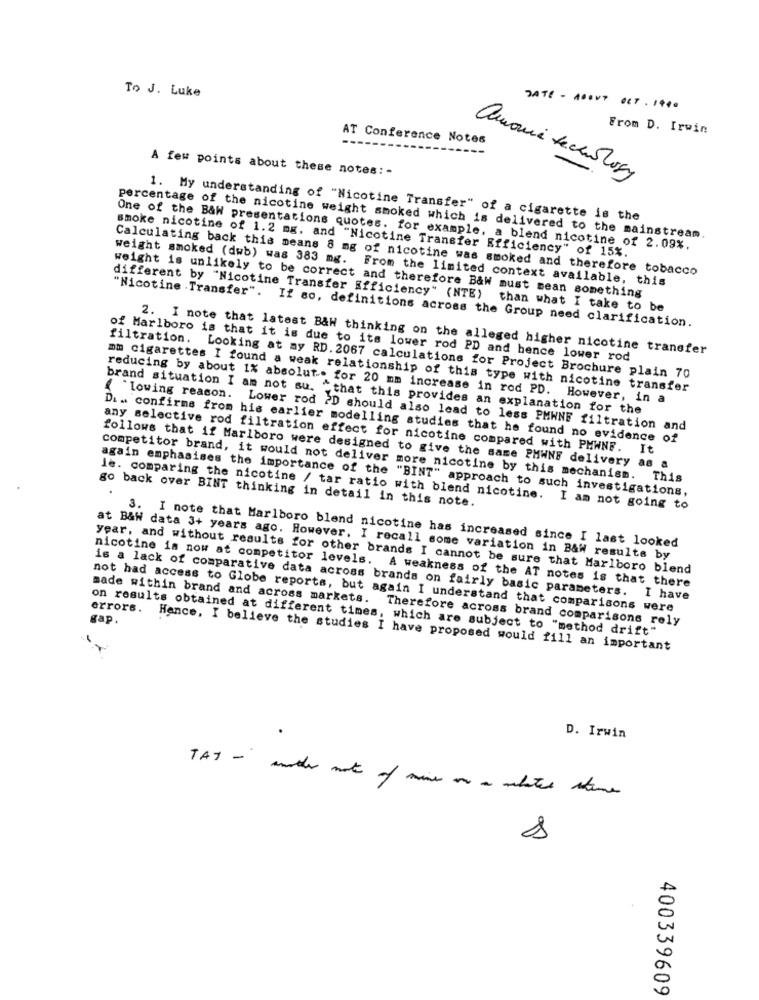
To J. Luke
DATE - ABOUT OCT . 1440
From D. Irwin
AT Conference Notes
A few points about these notes: -
amoui technology
1. My understanding of "Nicotine Transfer" of a cigarette is the
percentage of the nicotine weight smoked which is delivered to the mainstream.
One of the B&W presentations quotes. for example, a blend nicotine of 2.09%.
smoke nicotine of 1.2 mg, and "Nicotine Transfer Efficiency" of 15%.
Calculating back this means 8 mg of nicotine was smoked and therefore tobacco
weight smoked (dwb) was 383 mg. From the limited context available, this
weight is unlikely to be correct and therefore B&W must mean something
different by "Nicotine Transfer Efficiency" (NTE) than what I take to be
"Nicotine . Transfer". If so, definitions across the Group need clarification.
2. I note that latest B&W thinking on the alleged higher nicotine transfer
of Marlboro is that it is due to its lower rod PD and hence lower rod
filtration. Looking at ay RD. 2067 calculations for Project Brochure plain 70
mm cigarettes I found a weak relationship of this type with nicotine transfer
reducing by about 1% absolut .. for 20 mm increase in rod PD. However, in a
brand situation I am not su. that this provides an explanation for the
{ "lowing reason. Lower rod ?D should also lead to less PMWNE filtration and
Di .. confirms from his earlier modelling studies that he found no evidence of
any selective rod filtration effect for nicotine compared with PMWNF. It
follows that if Marlboro were designed to give the same PHWNF delivery as a
competitor brand, it would not deliver more nicotine by this mechanism.
This
again emphasises the importance of the "BINT" approach to such investigations,
go back over BINT thinking in detail in this note.
le. comparing the nicotine / tar ratio with blend nicotine. I am not going to
3. I note that Marlboro blend nicotine has increased since I last looked
at B&W data 3+ years ago. However. I recall some variation in B&W results by
year, and without results for other brands I cannot be sure that Marlboro blend
nicotine in now at competitor levels. A weakness of the AT notes is that there
is a lack of comparative data across brands on fairly basic parameters. I have
not had access to Globe reports, but again I understand that comparisons were
made within brand and across markets. Therefore across brand comparisons rely
gap.
on results obtained at different times, which are subject to "method drift"
errors. Hance, I believe the studies I have proposed would fill an important
D. Irwin
TAY - another note of mine on a related stones
400339609